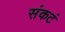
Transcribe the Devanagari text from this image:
संकटं